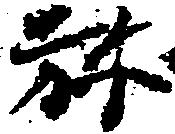
弥